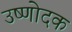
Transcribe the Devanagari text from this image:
उष्णोदक